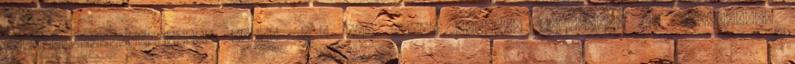
információszabadságról szóló 2011. évi CXII. törvény szabályai az irányadók.